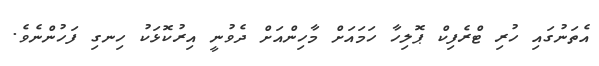
އެތަނުގައި ހުރި ޓްރެފިކް ޕޮލިހާ ހަމައަށް މާހިންއަށް ދެވުނީ އިރުކޮޅަކު ހިނގި ފަހުންނެވެ.